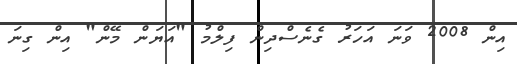
އިން 2008 ވަނަ އަހަރު ގެނެސްދިން ފިލްމު "އަޔަން މޭން" އިން ގިނަ